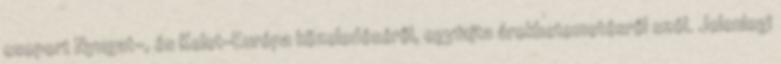
csoport Nyugat-, és Kelet-Európa közeledéséről, egyfajta árokbetemetésről szól. Jelenlegi